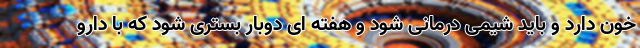
خون دارد و باید شیمی درمانی شود و هفته ای دوبار بستری شود که با دارو